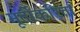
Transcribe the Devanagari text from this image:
मूर्तीकरिता